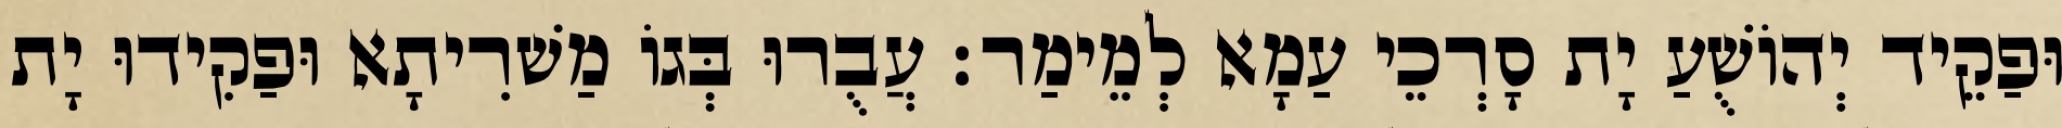
וּפַקֵיד יְהוֹשֻׁעַ יָת סָרְכֵי עַמָא לְמֵימַר׃ עֲבֻרוּ בְּגוֹ מַשׁרִיתָא וּפַקִידוּ יָת